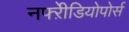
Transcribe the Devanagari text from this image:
नफ्ऱेीडियोपोर्स